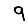
Digit: 9